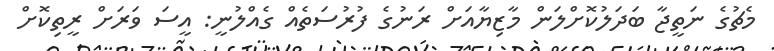
މެޗުގެ ނަތީޖާ ބަދަލުކޮށްލަން މާޒިޔާއަށް ރަނުގެ ފުރުސަތެއް ގެއްލުނީ: އީސަ ވަރަށް ރީތިކޮށް